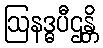
ဩနဒ္ဓပီဌန္တိ